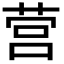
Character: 营